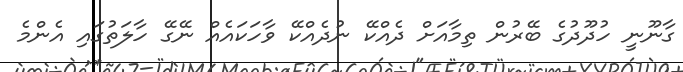
ގާނޫނީ ހުދޫދުގެ ބޭރުން ތިމާއަށް ދެއްކޭ ނުދެއްކޭ ވާހަކައެއް ނޭގޭ ހާލަތުގައި އެންމެ